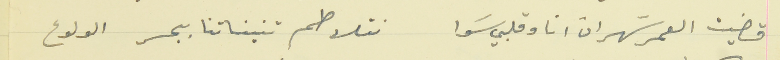
قضيت العمر سَهران انا وقلبي سَوا                نتلاطم تنيناتنا ببحر الولوع